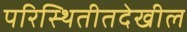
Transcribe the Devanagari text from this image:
परिस्थितीतदेखील